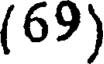
(69)